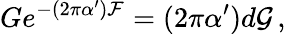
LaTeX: Ge^{-(2\pi\alpha^{\prime}){\cal F}}=(2\pi\alpha^{\prime})d{\cal G}\, ,